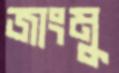
জাংমু